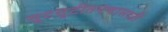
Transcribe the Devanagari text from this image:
सुटसुटीतपणासाठी